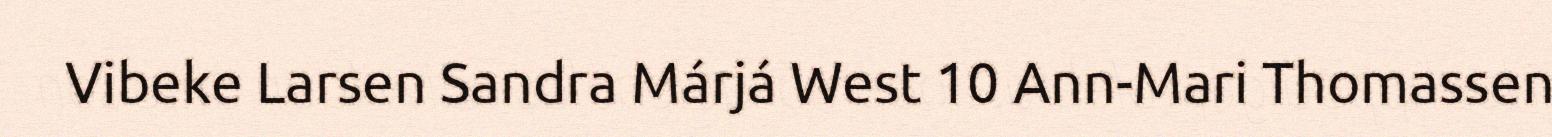
Vibeke Larsen Sandra Márjá West 10 Ann-Mari Thomassen